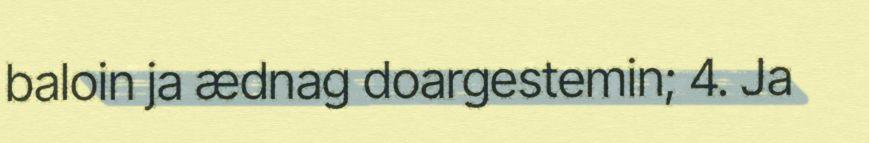
baloin ja ædnag doargestemin; 4. Ja